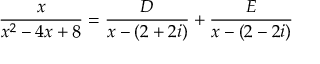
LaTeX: { \frac { x } { x ^ { 2 } - 4 x + 8 } } = { \frac { D } { x - ( 2 + 2 i ) } } + { \frac { E } { x - ( 2 - 2 i ) } }